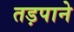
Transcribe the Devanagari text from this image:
तड़पाने